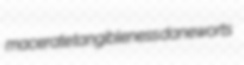
macerate tangibleness daneworts